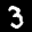
Label: 3